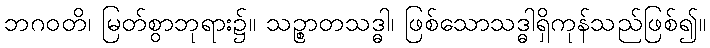
ဘဂဝတိ၊ မြတ်စွာဘုရား၌။ သဉ္စာတသဒ္ဓါ၊ ဖြစ်သောသဒ္ဓါရှိကုန်သည်ဖြစ်၍။